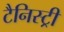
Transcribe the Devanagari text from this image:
टैनिस्ट्री